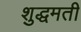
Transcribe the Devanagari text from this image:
शुद्धमती